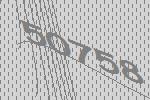
50758